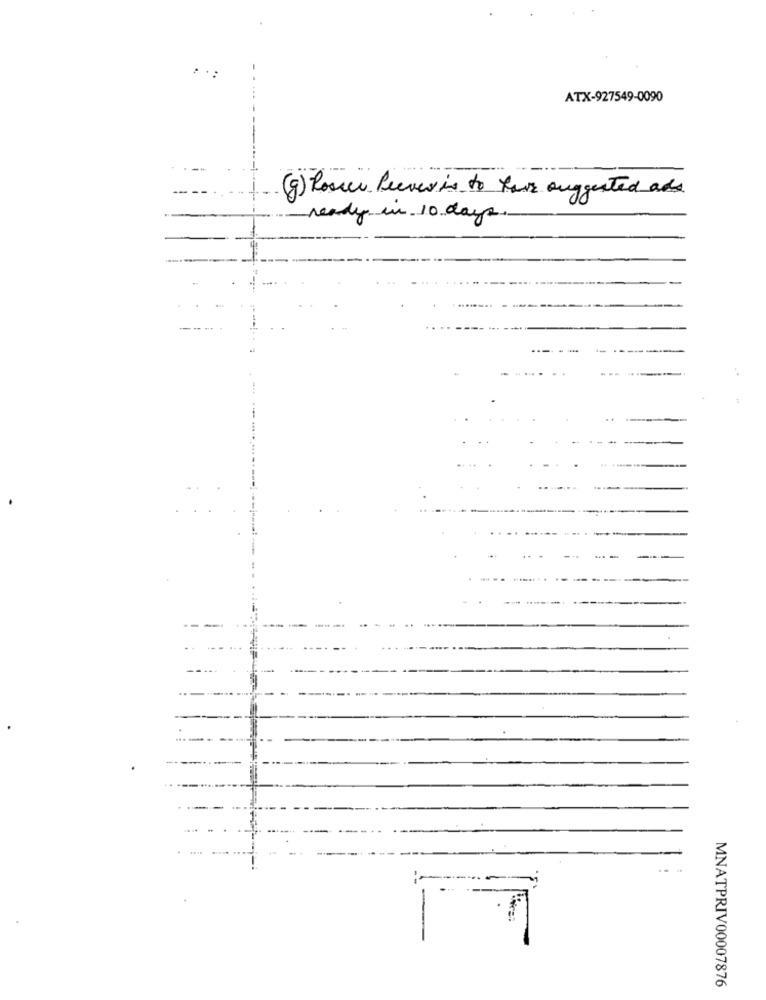
ATX-927549-0090
(g) Roser Peever is to have suggested add
ready in 10 days.
-
MNATPRIV00007876